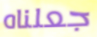
جعلناه